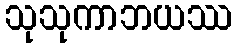
သုသုကာဘယဿ